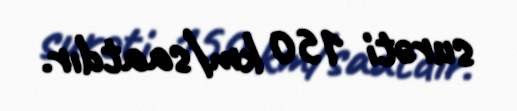
surəti 150 km/saatdır.